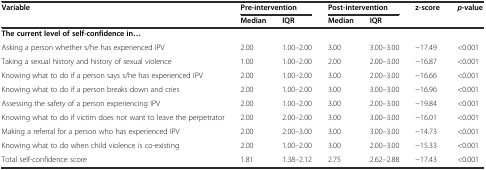
<table><thead><tr><td rowspan="2"><b>Variable</b></td><td colspan="2"><b>Pre-intervention</b></td><td colspan="2"><b>Post-intervention</b></td><td rowspan="2"><b>z-score</b></td><td rowspan="2"><b><i>p</i>-value</b></td></tr><tr><td><b>Median</b></td><td><b>IQR</b></td><td><b>Median</b></td><td><b>IQR</b></td></tr></thead><tbody><tr><td colspan="7"><b>The current level of self-confidence in...</b></td></tr><tr><td>Asking a person whether s/he has experienced IPV</td><td>2.00</td><td>1.00–2.00</td><td>3.00</td><td>3.00–3.00</td><td>−17.49</td><td>&lt;0.001</td></tr><tr><td>Taking a sexual history and history of sexual violence</td><td>1.00</td><td>1.00–2.00</td><td>2.00</td><td>2.00–3.00</td><td>−16.87</td><td>&lt;0.001</td></tr><tr><td>Knowing what to do if a person says s/he has experienced IPV</td><td>2.00</td><td>1.00–2.00</td><td>3.00</td><td>2.00–3.00</td><td>−16.66</td><td>&lt;0.001</td></tr><tr><td>Knowing what to do if a person breaks down and cries</td><td>2.00</td><td>1.00–2.00</td><td>3.00</td><td>3.00–3.00</td><td>−16.96</td><td>&lt;0.001</td></tr><tr><td>Assessing the safety of a person experiencing IPV</td><td>2.00</td><td>1.00–2.00</td><td>3.00</td><td>2.00–3.00</td><td>−19.84</td><td>&lt;0.001</td></tr><tr><td>Knowing what to do if victim does not want to leave the perpetrator</td><td>2.00</td><td>2.00–2.00</td><td>3.00</td><td>3.00–3.00</td><td>−16.01</td><td>&lt;0.001</td></tr><tr><td>Making a referral for a person who has experienced IPV</td><td>2.00</td><td>2.00–3.00</td><td>3.00</td><td>3.00–3.00</td><td>−14.73</td><td>&lt;0.001</td></tr><tr><td>Knowing what to do when child violence is co-existing</td><td>2.00</td><td>1.00–2.00</td><td>3.00</td><td>2.00–3.00</td><td>−15.33</td><td>&lt;0.001</td></tr><tr><td>Total self-confidence score</td><td>1.81</td><td>1.38–2.12</td><td>2.75</td><td>2.62–2.88</td><td>−17.43</td><td>&lt;0.001</td></tr></tbody></table>